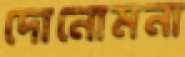
দোনোমনা